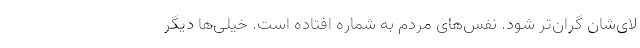
لای‌شان گران‌تر شود. نفس‌های مردم به شماره افتاده است. خیلی‌ها دیگر